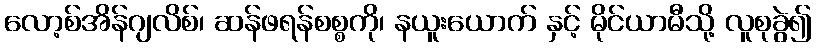
လော့စ်အိန်ဂျလိစ်၊ ဆန်ဖရန်စစ္စကို၊ နယူးယောက် နှင့် မိုင်ယာမီသို့ လူစုခွဲ၍